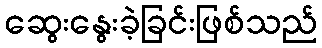
ဆွေးနွေးခဲ့ခြင်းဖြစ်သည်